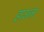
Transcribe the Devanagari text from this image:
हाउलर